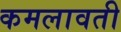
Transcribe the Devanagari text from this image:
कमलावती